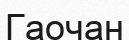
Гаочан